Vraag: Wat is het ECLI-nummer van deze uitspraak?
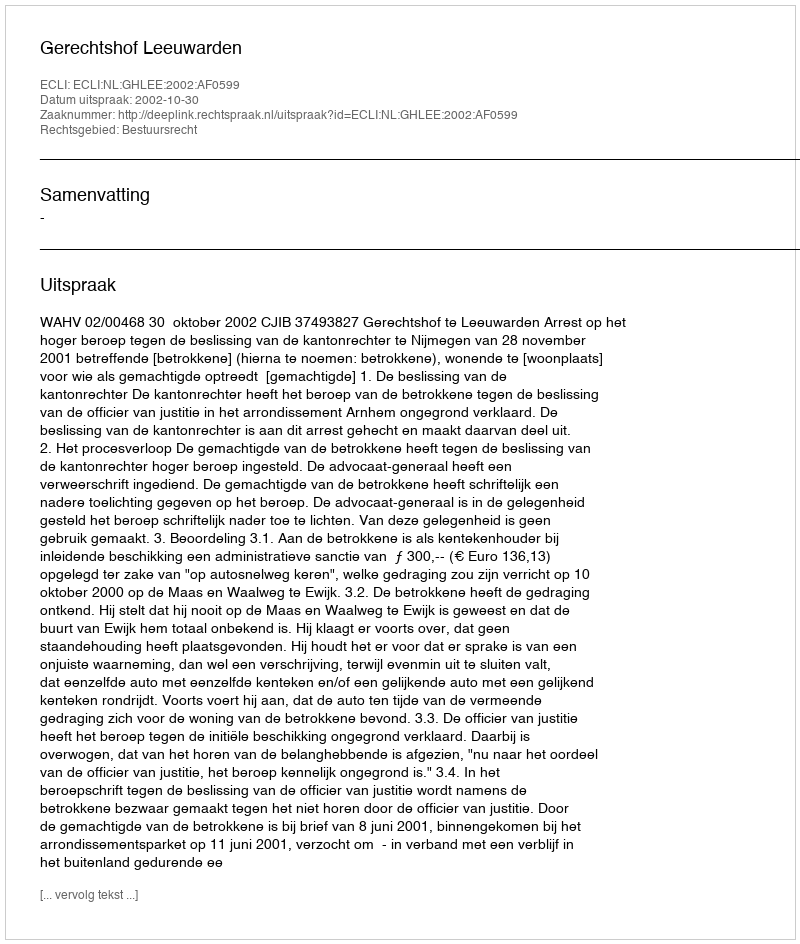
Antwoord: ECLI:NL:GHLEE:2002:AF0599